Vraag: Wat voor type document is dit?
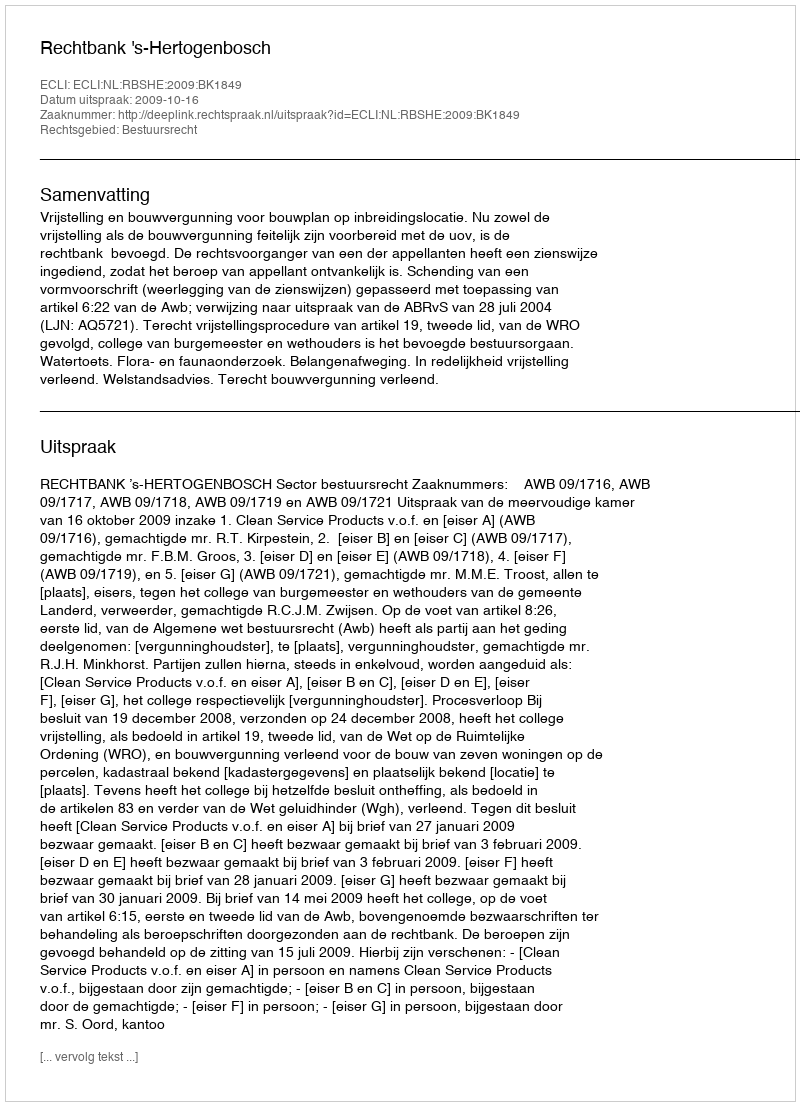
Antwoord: Uitspraak